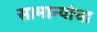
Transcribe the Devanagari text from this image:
सामान्यांचा